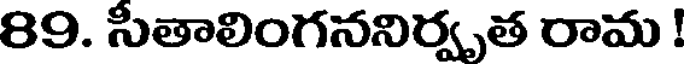
89. సీతాలింగననిర్వృత రామ !